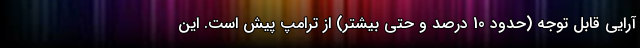
آرایی قابل توجه (حدود 10 درصد و حتی بیشتر) از ترامپ پیش است. این